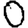
Digit: 0